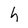
Character: h